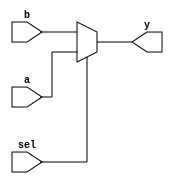
module vector_continuous_assignment(
    input wire [3:0] a,      // 4-bit input vector
    input wire [3:0] b,      // 4-bit input vector
    input wire sel,          // Select signal for multiplexer
    output reg [3:0] y       // 4-bit output vector
);

// Continuous Assignment
// The output y is continuously assigned based on the select signal
always @(*) begin
    if (sel) begin
        y = a;              // If sel is high, assign input a to output y
    end else begin
        y = b;              // If sel is low, assign input b to output y
    end
end

endmodule